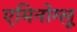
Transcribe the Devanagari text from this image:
एमिनोग्लू